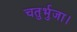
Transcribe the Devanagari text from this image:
चतुर्भुजा।